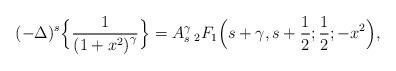
LaTeX: \begin{align*}(-\Delta)^{s}\Big\{\frac{1}{\left(1+x^2\right)^{\gamma}}\Big\}=A_s^{\gamma}\, {}_{2}F_{1}\Big(s+\gamma,s+\frac{1}{2};\frac{1}{2};-x^2\Big),\end{align*}